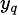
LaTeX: \scriptstyle y_{q}